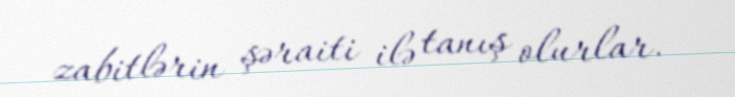
zabitlərin şəraiti ilə tanış olurlar.